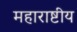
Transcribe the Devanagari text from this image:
महाराष्टीय